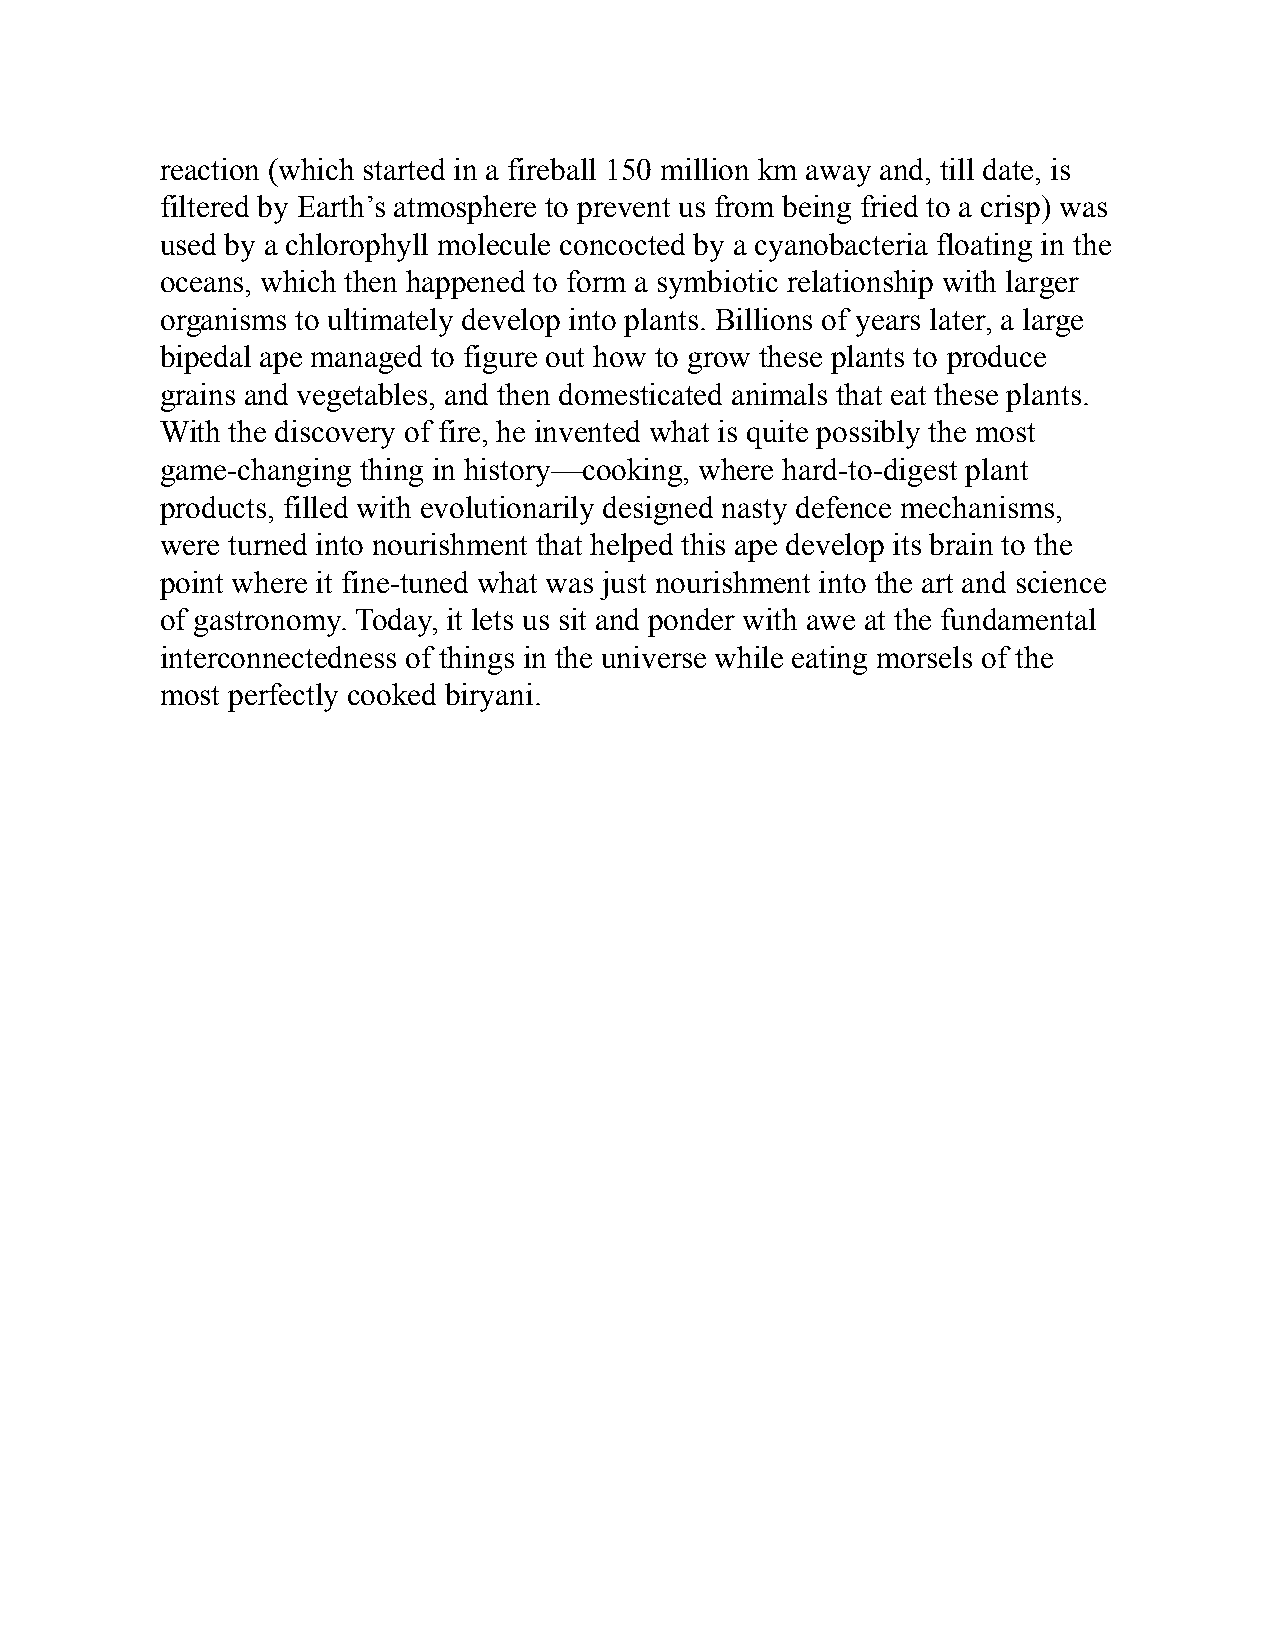
reaction (which started in a fireball 150 million km away and, till date, is
 filtered by Earth’s atmosphere to prevent us from being fried to a crisp) was
 used by a chlorophyll molecule concocted by a cyanobacteria floating in the
 oceans, which then happened to form a symbiotic relationship with larger
 organisms to ultimately develop into plants. Billions of years later, a large
 bipedal ape managed to figure out how to grow these plants to produce
 grains and vegetables, and then domesticated animals that eat these plants.
 With the discovery of fire, he invented what is quite possibly the most
 game-changing thing in history—cooking, where hard-to-digest plant
 products, filled with evolutionarily designed nasty defence mechanisms,
 were turned into nourishment that helped this ape develop its brain to the
 point where it fine-tuned what was just nourishment into the art and science
 of gastronomy. Today, it lets us sit and ponder with awe at the fundamental
 interconnectedness of things in the universe while eating morsels of the
 most perfectly cooked biryani.